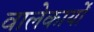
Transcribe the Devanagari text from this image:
वालेकार्यों